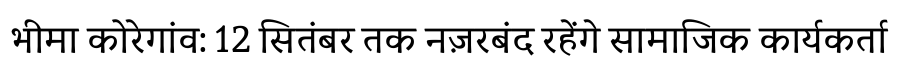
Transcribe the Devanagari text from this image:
भीमा कोरेगांव: 12 सितंबर तक नज़रबंद रहेंगे सामाजिक कार्यकर्ता